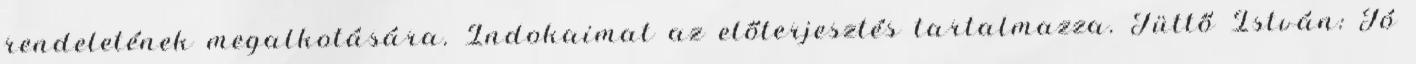
rendeletének megalkotására. Indokaimat az előterjesztés tartalmazza. Tüttő István: Jó